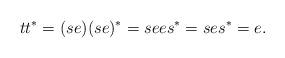
LaTeX: \begin{align*}tt^* = (se)(se)^* = sees^* = ses^* = e.\end{align*}